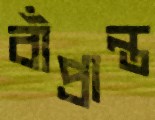
বাঁপ্রান্ত